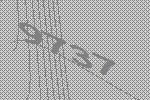
9737